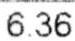
6.36